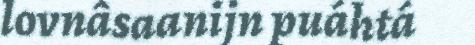
lovnâsaanijn puáhtá